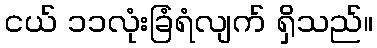
ငယ် ၁၁လုံးခြံရံလျက် ရှိသည်။